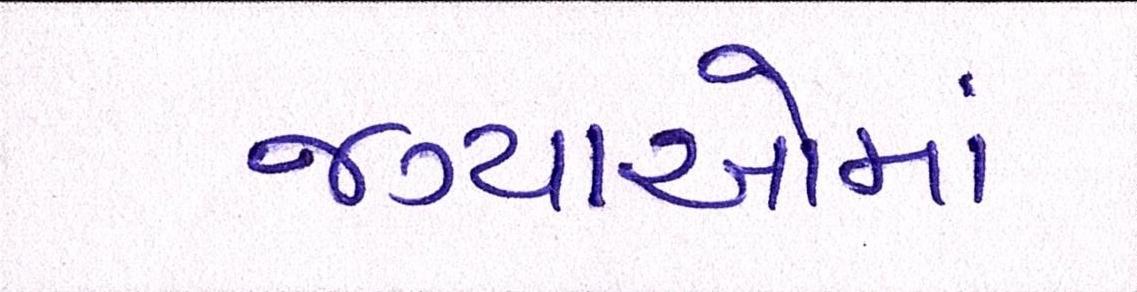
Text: જગ્યાઓમાં